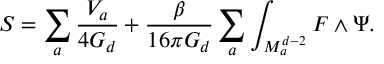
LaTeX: S = \sum _ { a } \frac { V _ { a } } { 4 G _ { d } } + \frac { \beta } { 1 6 \pi G _ { d } } \sum _ { a } \int _ { M _ { a } ^ { d - 2 } } F \wedge \Psi .